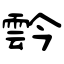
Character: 霒